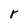
Character: r